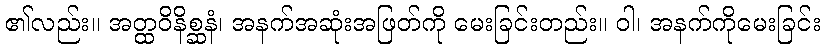
၏လည်း။ အတ္ထဝိနိစ္ဆနံ၊ အနက်အဆုံးအဖြတ်ကို မေးခြင်းတည်း။ ဝါ၊ အနက်ကိုမေးခြင်း